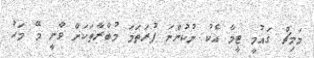
މަމިޗް ގައުމީ ޓީމާ އެކު ނުކުންނަ ފުރަތަމަ މުބާރާތަކަށް ވާނީ މޭ މަހު